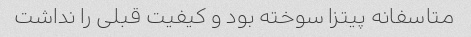
متاسفانه پیتزا سوخته بود و کیفیت قبلی را نداشت